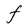
Character: F